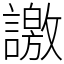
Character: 譤